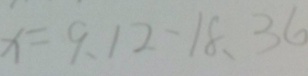
x = 9 、 1 2 、 1 8 . 、 3 6